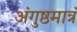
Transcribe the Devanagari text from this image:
अंगुष्ठमात्रं